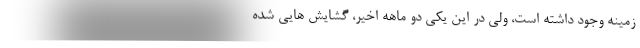
زمینه وجود داشته است، ولی در این یکی دو ماهه اخیر، گشایش هایی شده